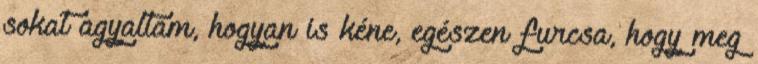
sokat agyaltam, hogyan is kéne, egészen furcsa, hogy meg